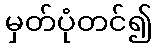
မှတ်ပုံတင်၍